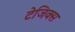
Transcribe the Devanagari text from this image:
टेजिक्स